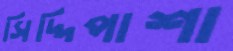
সিদ্দিপাশা